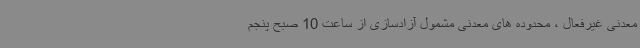
معدنی غیرفعال ، محدوده های معدنی مشمول آزادسازی از ساعت 10 صبح پنجم